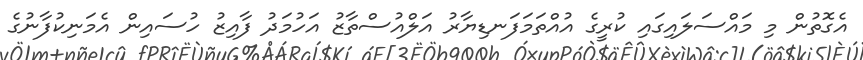
އެގޮތުން މި މައްސަލައިގައި ކުރީގެ އުއްތަމަފަނޑިޔާރު އަލްއުސްތާޒު އަހުމަދު ފާއިޒު ހުސައިން އެމަނިކުފާނުގެ